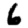
Digit: 6